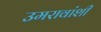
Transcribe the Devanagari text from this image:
उमरावांशी